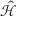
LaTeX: \hat { \mathcal { H } }